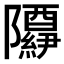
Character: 𬯢